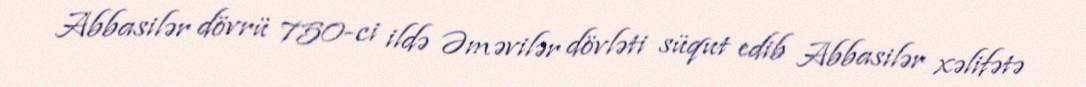
Abbasilər dövrü 750-ci ildə Əməvilər dövləti süqut edib Abbasilər xəlifətə